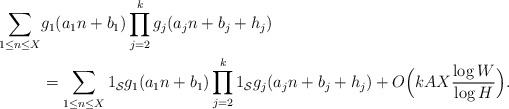
\begin{align*}\sum_{1 \leq n \leq X} & g_1(a_1 n + b_1) \prod_{j=2}^k g_j(a_j n + b_j + h_j) \\& = \sum_{1 \leq n \leq X} 1_{\mathcal S} g_1(a_1 n + b_1) \prod_{j=2}^k 1_{\mathcal S} g_j(a_j n + b_j + h_j) + O \Big ( k A X \frac{\log W}{\log H} \Big ).\end{align*}